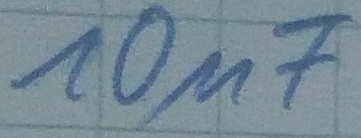
Text: 10µF